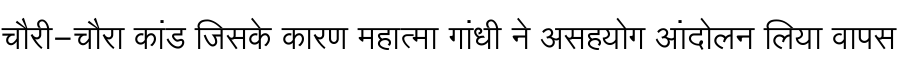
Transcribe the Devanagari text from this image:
चौरी-चौरा कांड जिसके कारण महात्मा गांधी ने असहयोग आंदोलन लिया वापस